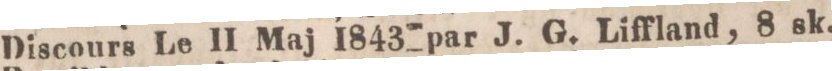
Discours Le 11 Maj 1843 par J. G. Liffland, 8 sk.